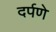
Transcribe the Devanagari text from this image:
दर्पणे